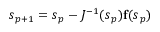
\boldsymbol { s } _ { p + 1 } = \boldsymbol { s } _ { p } - J ^ { - 1 } ( \boldsymbol { s } _ { p } ) \mathbf { f } ( \boldsymbol { s } _ { p } )